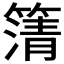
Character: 𮆆